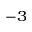
^ { - 3 }